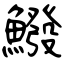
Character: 鱍